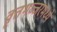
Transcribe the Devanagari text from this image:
वृत्तभञ्जरमध्ये